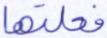
فعلتها